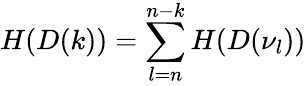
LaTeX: H(D(k))=\sum_{l=n}^{n-k}H(D(\nu_{l}))